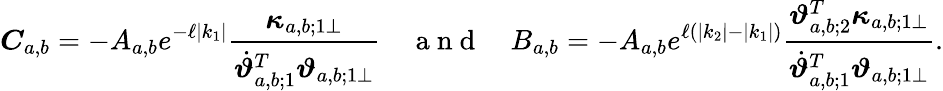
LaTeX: \boldsymbol{C}_{a,b}=-A_{a,b}e^{-\ell\left|k_{1}\right|}\frac{\boldsymbol{\kappa}_{a,b;1\perp}}{\dot{\boldsymbol{\vartheta}}_{a,b;1}^{T}\boldsymbol{\vartheta}_{a,b;1\perp}}\quad\mathrm{~a~n~d~}\quad B_{a,b}=-A_{a,b}e^{\ell\left(\left|k_{2}\right|-\left|k_{1}\right|\right)}\frac{\boldsymbol{\vartheta}_{a,b;2}^{T}\boldsymbol{\kappa}_{a,b;1\perp}}{\dot{\boldsymbol{\vartheta}}_{a,b;1}^{T}\boldsymbol{\vartheta}_{a,b;1\perp}}.